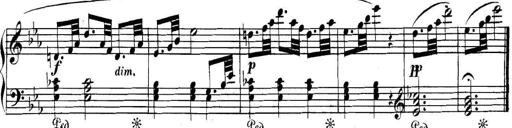
Title: Collected Piano Sonatas
Composer: Muzio Clementi